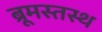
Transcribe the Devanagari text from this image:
ब्रूमस्तस्थ